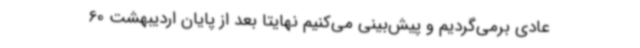
عادی برمی‌گردیم و پیش‌بینی می‌کنیم نهایتا بعد از پایان اردیبهشت 60